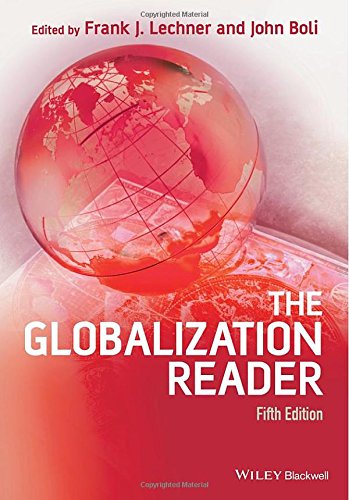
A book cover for The Globalization Reader; Business & Money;